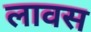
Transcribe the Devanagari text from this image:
लावस